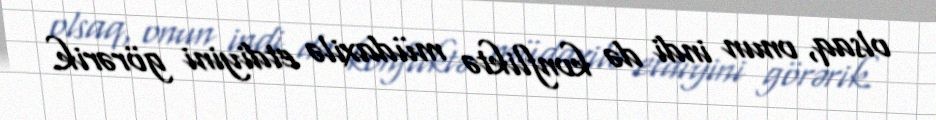
olsaq, onun indi də konfliktə müdaxilə etdiyini görərik.